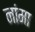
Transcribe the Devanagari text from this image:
नांमा